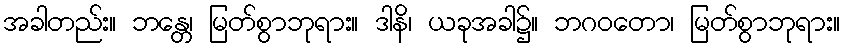
အခါတည်း။ ဘန္တေ၊ မြတ်စွာဘုရား။ ဒါနိ၊ ယခုအခါ၌။ ဘဂဝတော၊ မြတ်စွာဘုရား။